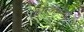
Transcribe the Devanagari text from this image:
कांस्यकृतियाँ